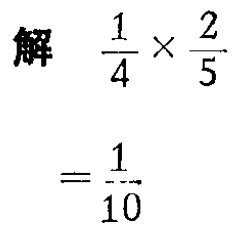
解

\[

\begin{align*}

\frac{1}{4} \times \frac{2}{5} &= \frac{1}{10}

\end{align*}

\]